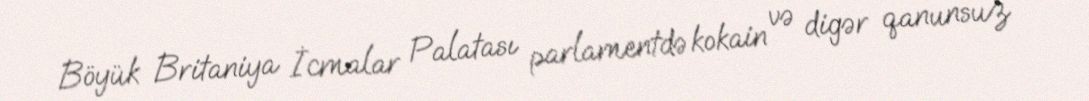
Böyük Britaniya İcmalar Palatası parlamentdə kokain və digər qanunsuz